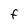
Character: F